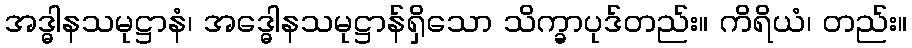
အဒ္ဓါနသမုဋ္ဌာနံ၊ အဒ္ဓေါနသမုဋ္ဌာန်ရှိသော သိက္ခာပုဒ်တည်း။ ကိရိယံ၊ တည်း။